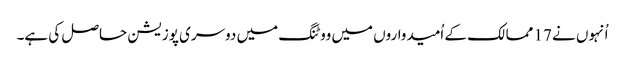
اُنہوں نے 17 ممالک کے اُمیدواروں میں ووٹنگ میں دوسری پوزیشن حاصل کی ہے۔